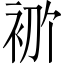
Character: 𫋶